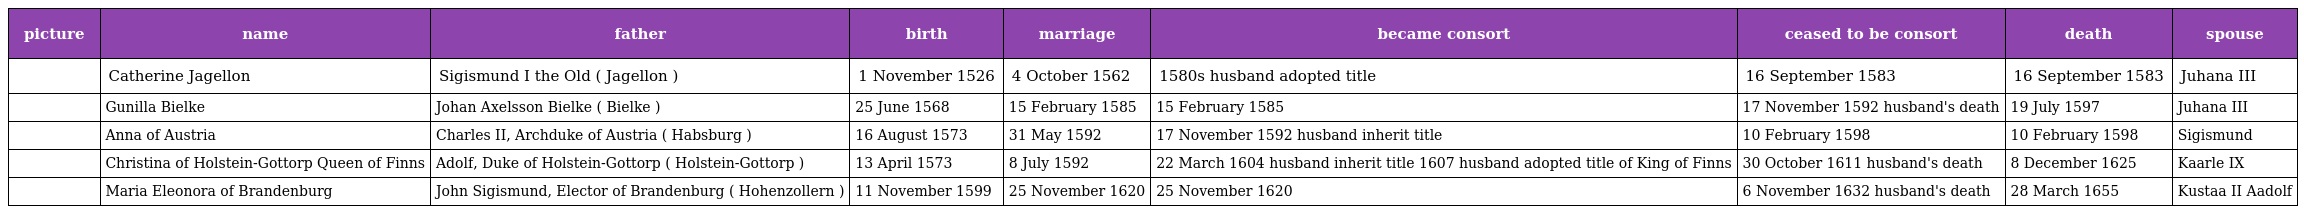
| picture | name | father | birth | marriage | became consort | ceased to be consort | death | spouse |
 | --- | --- | --- | --- | --- | --- | --- | --- | --- |
 |  | Catherine Jagellon | Sigismund I the Old ( Jagellon ) | 1 November 1526 | 4 October 1562 | 1580s husband adopted title | 16 September 1583 | 16 September 1583 | Juhana III |
 |  | Gunilla Bielke | Johan Axelsson Bielke ( Bielke ) | 25 June 1568 | 15 February 1585 | 15 February 1585 | 17 November 1592 husband's death | 19 July 1597 | Juhana III |
 |  | Anna of Austria | Charles II, Archduke of Austria ( Habsburg ) | 16 August 1573 | 31 May 1592 | 17 November 1592 husband inherit title | 10 February 1598 | 10 February 1598 | Sigismund |
 |  | Christina of Holstein-Gottorp Queen of Finns | Adolf, Duke of Holstein-Gottorp ( Holstein-Gottorp ) | 13 April 1573 | 8 July 1592 | 22 March 1604 husband inherit title 1607 husband adopted title of King of Finns | 30 October 1611 husband's death | 8 December 1625 | Kaarle IX |
 |  | Maria Eleonora of Brandenburg | John Sigismund, Elector of Brandenburg ( Hohenzollern ) | 11 November 1599 | 25 November 1620 | 25 November 1620 | 6 November 1632 husband's death | 28 March 1655 | Kustaa II Aadolf |